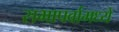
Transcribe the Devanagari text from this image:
सभापर्वामध्ये